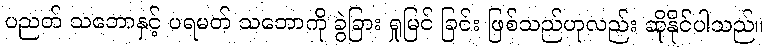
ပညတ် သဘောနှင့် ပရမတ် သဘောကို ခွဲခြား ရှုမြင် ခြင်း ဖြစ်သည်ဟုလည်း ဆိုနိုင်ပါသည်။